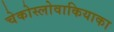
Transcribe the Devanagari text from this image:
चेकोस्लोवाकियाका